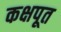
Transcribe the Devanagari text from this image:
कक्षपूत